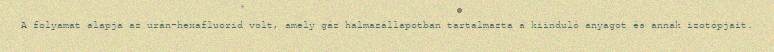
A folyamat alapja az urán-hexafluorid volt, amely gáz halmazállapotban tartalmazta a kiinduló anyagot és annak izotópjait.